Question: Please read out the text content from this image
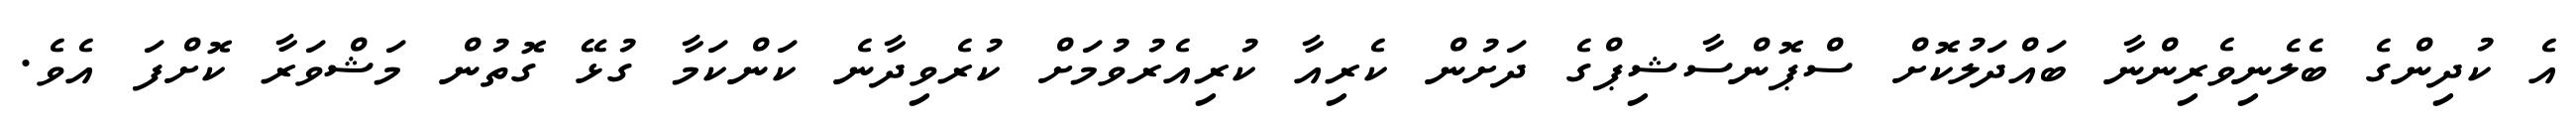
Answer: އެ ކުދިންގެ ބެލެނިވެރިންނާ ބައްދަލުކޮށް ސްޕޮންސާޝިޕްގެ ދަށުން ކެރިއާ ކުރިއެރުވުމަށް ކުރެވިދާނެ ކަންކަމާ ގުޅޭ ގޮތުން މަޝްވަރާ ކޮށްފަ އެވެ.